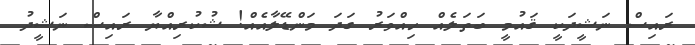
ރައިސް ނަޝީދަކީ ޤައުމީ ބަތަލެއް ހިއްވަރު ގަދަ މަންޑޭލާއެއް! ޝުކުރިއްޔާ ރައިސް ނަޝީދު